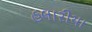
હલારીયા